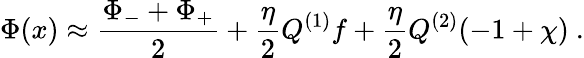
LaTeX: \Phi(x)\approx{\frac{\Phi_{-}+\Phi_{+}}{2}}+{\frac{\eta}{2}}Q^{(1)}f+{\frac{\eta}{2}}Q^{(2)}(-1+\chi)\ .